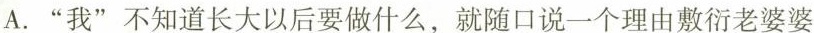
A.”我”不知道长大以后要做什么，就口说一个理由数衍老婆婆